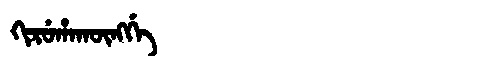
Manchu: ᡴᡳᡵᡠᡥᠠᡴᡡᠩᡤᡝ
Romanization: KIRUHAKŪNGGE